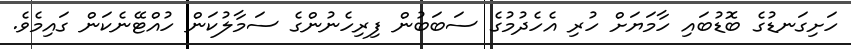
ހަށިގަނޑުގެ ބޮޑުބައި ހާމަޔަށް ހުރި އެހެދުމުގެ ސަބަބުން ފިރިހެނުންގެ ސަމާލުކަން ހުއްޓޭނެކަން ގައިމެވެ.